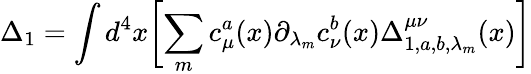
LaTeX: \Delta_{1}=\int d^{4}x\biggl[\sum_{m}c_{\mu}^{a}(x){{\partial}_{{\lambda}_{m}}}c_{\nu}^{b}(x)\Delta_{1,a,b,{\lambda}_{m}}^{\mu\nu}(x)\biggr]